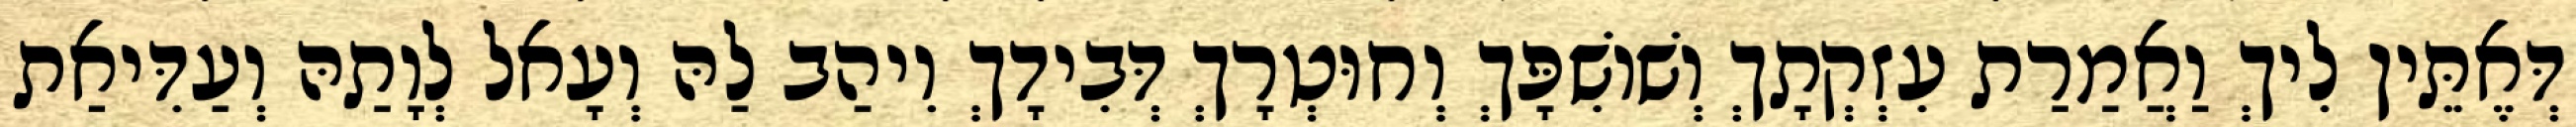
דְּאֶתֵּין לִיךְ וַאֲמַרַת עִזְקְתָךְ וְשׁוֹשִׁפָּךְ וְחוּטְרָךְ דְּבִידָךְ וִיהַב לַהּ וְעָאל לְוָתַהּ וְעַדִּיאַת